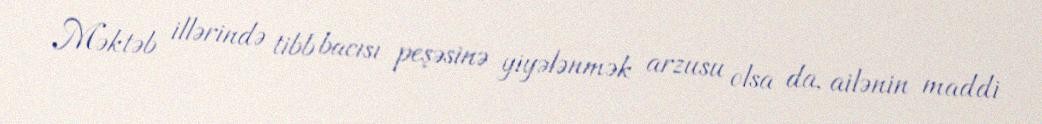
Məktəb illərində tibb bacısı peşəsinə yiyələnmək arzusu olsa da, ailənin maddi